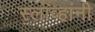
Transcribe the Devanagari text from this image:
स्लाव्हांनी